Indian journal of veterinary science and animal husbandry - Volumes 18-21, 1948-1951
Year: 1948
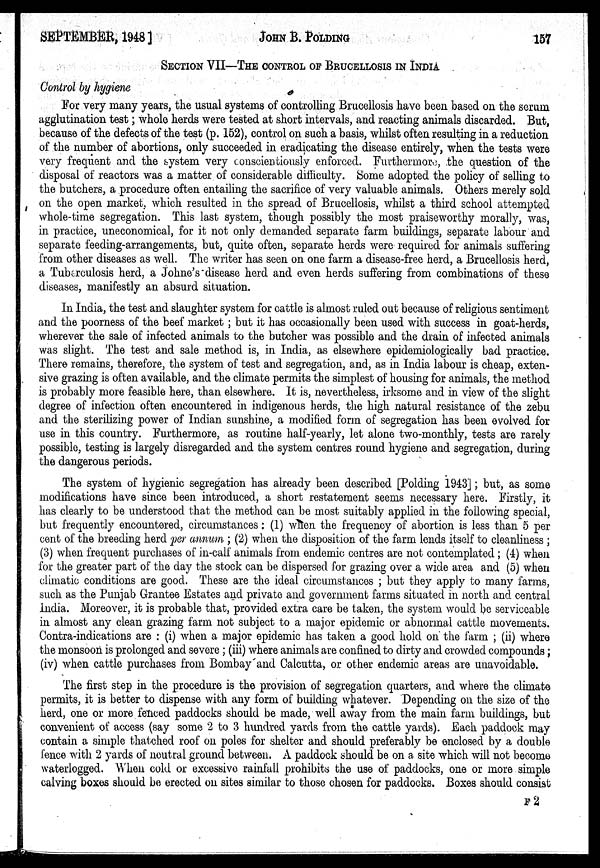
SEPTEMBER, 1948]
JOHN
B.
POLDING
157
SECTION VII—THE CONTROL OF BRUCELLOSIS IN INDIA
Control by hygiene
For very many years, the usual systems of controlling Brucellosis have been based on the serum
agglutination test; whole herds were tested at short intervals, and reacting animals discarded. But,
because of the defects of the test (p. 152), control on such a basis, whilst often resulting in a reduction
of the number of abortions, only succeeded in eradicating the disease entirely, when the tests were
very frequent and the system very conscientiously enforced. Furthermore, the question of the
disposal of reactors was a matter of considerable difficulty. Some adopted the policy of selling to
the butchers, a procedure often entailing the sacrifice of very valuable animals. Others merely sold
on the open market, which resulted in the spread of Brucellosis, whilst a third school attempted
whole-time segregation. This last system, though possibly the most praiseworthy morally, was,
in practice, uneconomical, for it not only demanded separate farm buildings, separate labour and
separate feeding-arrangements, but, quite often, separate herds were required for animals suffering
from other diseases as well. The writer has seen on one farm a disease-free herd, a Brucellosis herd,
a Tuberculosis herd, a Johne's disease herd and even herds suffering from combinations of these
diseases, manifestly an absurd situation.
In India, the test and slaughter system for cattle is almost ruled out because of religious sentiment
and the poorness of the beef market ; but it has occasionally been used with success in goat-herds,
wherever the sale of infected animals to the butcher was possible and the drain of infected animals
was slight. The test and sale method is, in India, as elsewhere epidemiologically bad practice.
There remains, therefore, the system of test and segregation, and, as in India labour is cheap, exten-
sive grazing is often available, and the climate permits the simplest of housing for animals, the method
is probably more feasible here, than elsewhere. It is, nevertheless, irksome and in view of the slight
degree of infection often encountered in indigenous herds, the high natural resistance of the zebu
and the sterilizing power of Indian sunshine, a modified form of segregation has been evolved for
use in this country. Furthermore, as routine half-yearly, let alone two-monthly, tests are rarely
possible, testing is largely disregarded and the system centres round hygiene and segregation, during
the dangerous periods.
The system of hygienic segregation has already been described [Polding 1943]; but, as some
modifications have since been introduced, a short restatement seems necessary here. Firstly, it
has clearly to be understood that the method can be most suitably applied in the following special,
but frequently encountered, circumstances: (1) when the frequency of abortion is less than 5 per
cent of the breeding herd per annum ; (2) when the disposition of the farm lends itself to cleanliness ;
(3) when frequent purchases of in-calf animals from endemic centres are not contemplated ; (4) when
for the greater part of the day the stock can be dispersed for grazing over a wide area and (5) when
climatic conditions are good. These are the ideal circumstances ; but they apply to many farms,
such as the Punjab Grantee Estates and private and government farms situated in north and central
India. Moreover, it is probable that, provided extra care be taken, the system would be serviceable
in almost any clean grazing farm not subject to a major epidemic or abnormal cattle movements.
Contra-indications are : (i) when a major epidemic has taken a good hold on the farm ; (ii) where
the monsoon is prolonged and severe ; (iii) where animals are confined to dirty and crowded compounds;
(iv) when cattle purchases from Bombay and Calcutta, or other endemic areas are unavoidable.
The first step in the procedure is the provision of segregation quarters, and where the climate
permits, it is better to dispense with any form of building whatever. Depending on the size of the
herd, one or more fenced paddocks should be made, well away from the main farm buildings, but
convenient of access (say some 2 to 3 hundred yards from the cattle yards). Each paddock may
contain a simple thatched roof on poles for shelter and should preferably be enclosed by a double
fence with 2 yards of neutral ground between. A paddock should be on a site which will not become
waterlogged. When cold or excessive rainfall prohibits the use of paddocks, one or more simple
calving boxes should be erected on sites similar to those chosen for paddocks. Boxes should consist
F 2